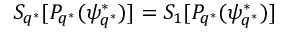
S _ { q ^ { * } } [ P _ { q ^ { * } } ( \psi _ { q ^ { * } } ^ { * } ) ] = S _ { 1 } [ P _ { q ^ { * } } ( \psi _ { q ^ { * } } ^ { * } ) ]